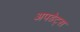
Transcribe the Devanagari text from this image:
अपडेट्स